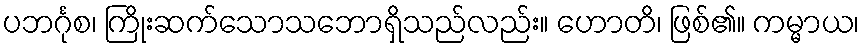
ပဘင်္ဂုစ၊ ကြိုးဆက်သောသဘောရှိသည်လည်း။ ဟောတိ၊ ဖြစ်၏။ ကမ္မာယ၊